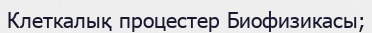
Клеткалық процестер Биофизикасы;